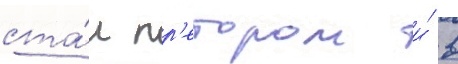
ста́л пр'етором и́ в